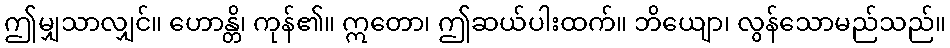
ဤမျှသာလျှင်။ ဟောန္တိ၊ ကုန်၏။ ဣတော၊ ဤဆယ်ပါးထက်။ ဘိယျော၊ လွန်သောမည်သည်။